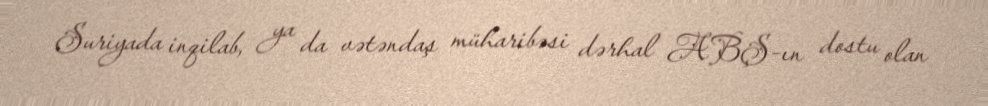
Suriyada inqilab, ya da vətəndaş müharibəsi dərhal ABŞ-ın dostu olan